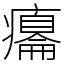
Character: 癟